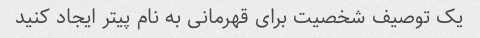
یک توصیف شخصیت برای قهرمانی به نام پیتر ایجاد کنید